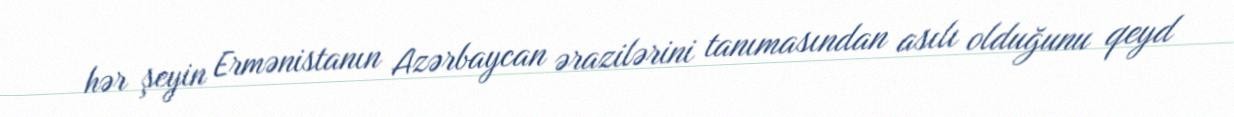
hər şeyin Ermənistanın Azərbaycan ərazilərini tanımasından asılı olduğunu qeyd